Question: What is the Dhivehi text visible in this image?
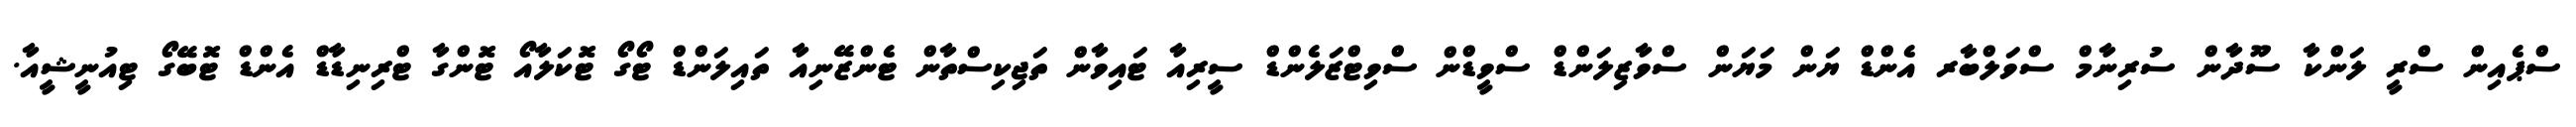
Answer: ސްޕެއިން ސްރީ ލަންކާ ސޫދާން ސުރިނާމް ސްވަލްބާރ އެންޑް ޔަން މަޔަން ސްވާޒިލަންޑް ސްވީޑްން ސްވިޓްޒަލެންޑް ސީރިއާ ޓައިވާން ތަޖިކިސްތާން ޓެންޒޭނިއާ ތައިލަންޑް ޓޯގޯ ޓޮކަލާއޯ ޓޮންގާ ޓްރިނިޑާޑް އެންޑް ޓޮބޭގޯ ޓިއުނީޝީއާ.